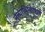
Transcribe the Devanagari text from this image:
नृत्याविष्काराचे